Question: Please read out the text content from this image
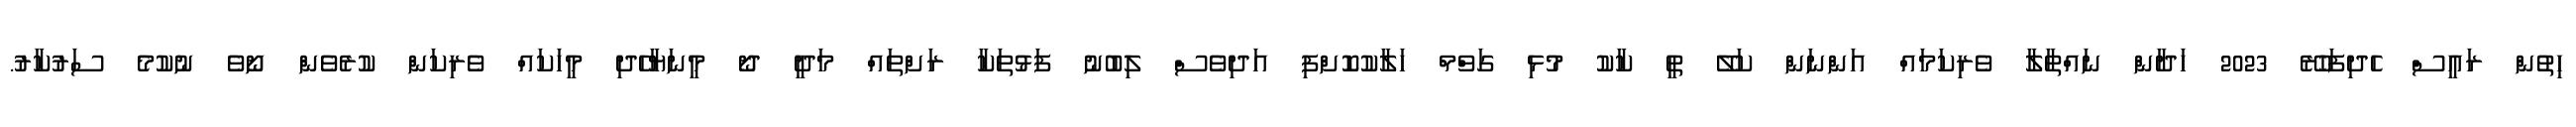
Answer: ހިތުން ރައީސް ހެދިފަހުރޭ 2023 ހަދާން ނައްތާލާ ވެރިކަމައް އަންނަން ކަލޭ ތީ ކާކު މުޅި ގަވްމް ހަލާކުކޮށްފި އަދިވެސް ލިބުނު ފަޅުތަކާ ރަށްތައް މަދީ ދޯ މީނަޔާހެދި މީހަކައް ވެރިކަން ކުރެވެން ނޯވެ ނުކުމެ ސަރުކާރު.